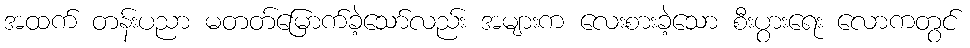
အထက် တန်းပညာ မတတ်မြောက်ခဲ့သော်လည်း အများက လေးစားခဲ့သော စီးပွားရေး လောကတွင်